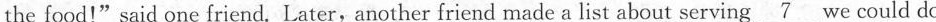
the food!"said one friend. Later,another friend made a list about serving \underline{ 7} we could do